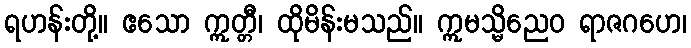
ရဟန်းတို့။ ဧသော ဣတ္တီ၊ ထိုမိန်းမသည်။ ဣမသ္မိညေဝ ရာဇဂဟေ၊